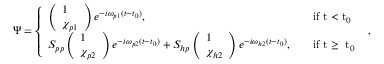
\begin{array} { r } { \Psi = \left\{ \begin{array} { l l } { \left( \begin{array} { l } { 1 } \\ { \chi _ { p 1 } } \end{array} \right) e ^ { - i \omega _ { p 1 } ( t - t _ { 0 } ) } , } & { \quad \mathrm { i f ~ t < t _ 0 ~ } } \\ { S _ { p p } \left( \begin{array} { l } { 1 } \\ { \chi _ { p 2 } } \end{array} \right) e ^ { - i \omega _ { p 2 } ( t - t _ { 0 } ) } + S _ { h p } \left( \begin{array} { l } { 1 } \\ { \chi _ { h 2 } } \end{array} \right) e ^ { - i \omega _ { h 2 } ( t - t _ { 0 } ) } , } & { \quad \mathrm { i f ~ t \ge ~ t _ 0 ~ } } \end{array} \right. , } \end{array}